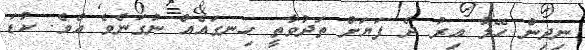
ނިދިން ހޭލާ އިރު ދެ ފަޔަށް ތަދުވާތީ ހިނގައެއް ނުގަނެވެ އެވެ. ކުޑަ